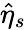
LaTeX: \hat{\eta}_{s}